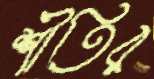
শীতির